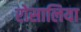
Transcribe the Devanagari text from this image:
रोसालिया